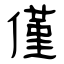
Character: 僅